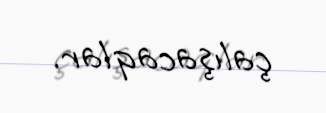
çalışacaqlar.